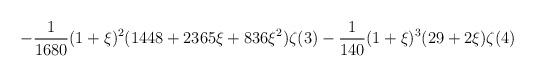
LaTeX: \begin{align*}\displaystyle\quad-\frac{1}{1680}(1+\xi)^2(1448+2365\xi+836\xi^2)\zeta(3)-\frac{1}{140}(1+\xi)^3(29+2\xi)\zeta(4)\end{align*}